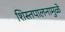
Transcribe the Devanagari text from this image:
शिस्तपालनामुळे